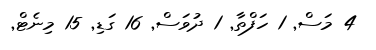
4 މަސް